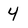
Character: 4